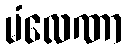
မံလေဏာ